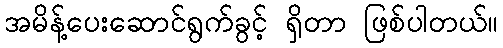
အမိန့်ပေးဆောင်ရွက်ခွင့် ရှိတာ ဖြစ်ပါတယ်။